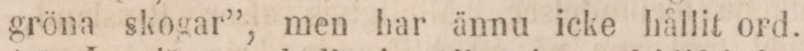
gröna skogar”, men har ännu icke hållit ord.